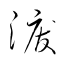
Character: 涙